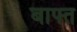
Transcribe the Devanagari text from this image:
बाफ्त